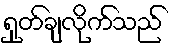
ရှုတ်ချလိုက်သည်